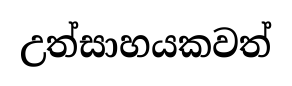
උත්සාහයකවත්